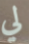
لي